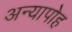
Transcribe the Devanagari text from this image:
अन्यापोह